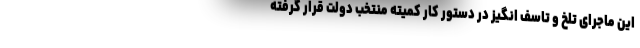
این ماجرای تلخ و تاسف انگیز در دستور کار کمیته منتخب دولت قرار گرفته